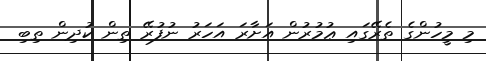
މި މީހުންގެ ތެރޭގައި ޢުމުރުން އަށާރަ އަހަރު ނުފުރޭ ތިން ކުދިން ތިބި